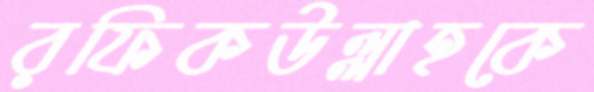
রফিকউল্লাহকে